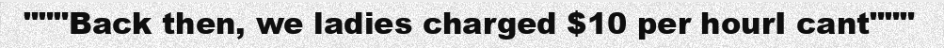
"""Back then, we ladies charged $10 per hourI cant"""